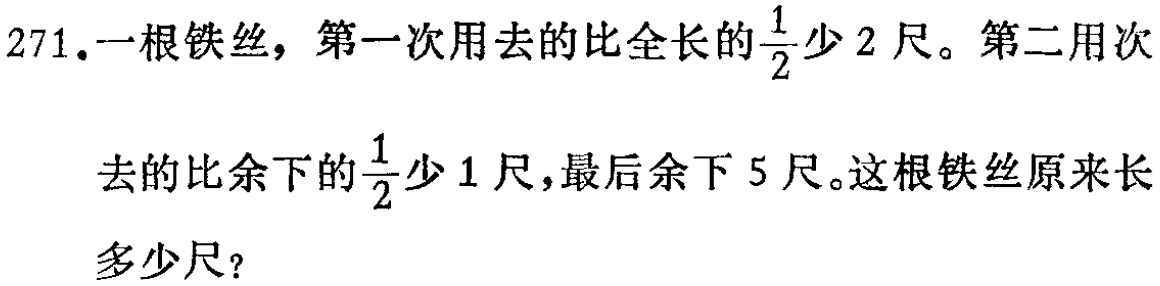
271.一根铁丝，第一次用去的比全长的$\frac{1}{2}$少2尺。第二用次

去的比余下的$\frac{1}{2}$少1尺，最后余下5尺。这根铁丝原来长

多少尺？